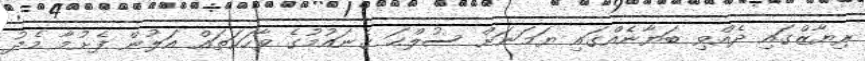
ރިޔާޒްގައި ދެއްވި ބަޔާނެއްގައި ޔަމަނަށް ސުލްޙަ ގެނައުމުގެ ވާހަކަތައް އަލުން ފެށުމާ މެދު